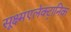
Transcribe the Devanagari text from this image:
सूक्ष्मएलेक्ट्रानिक